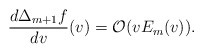
\begin{align*} \frac{d\Delta_{m+1}f}{dv}(v)=\mathcal{O}(vE_m(v)).\end{align*}